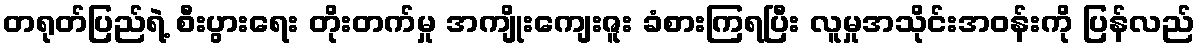
တရုတ်ပြည်ရဲ့ စီးပွားရေး တိုးတက်မှု အကျိုးကျေးဇူး ခံစားကြရပြီး လူမှုအသိုင်းအဝန်းကို ပြန်လည်